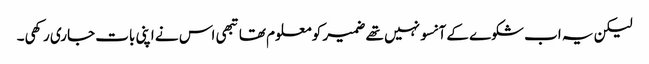
لیکن یہ اب شکوے کے آنسو نہیں تھے ضمیر کو معلوم تھا تبھی اس نے اپنی بات جاری رکھی۔